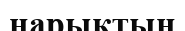
нарықтын